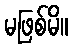
မဖြစ်မိ။